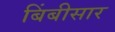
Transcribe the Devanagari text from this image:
बिंबीसार